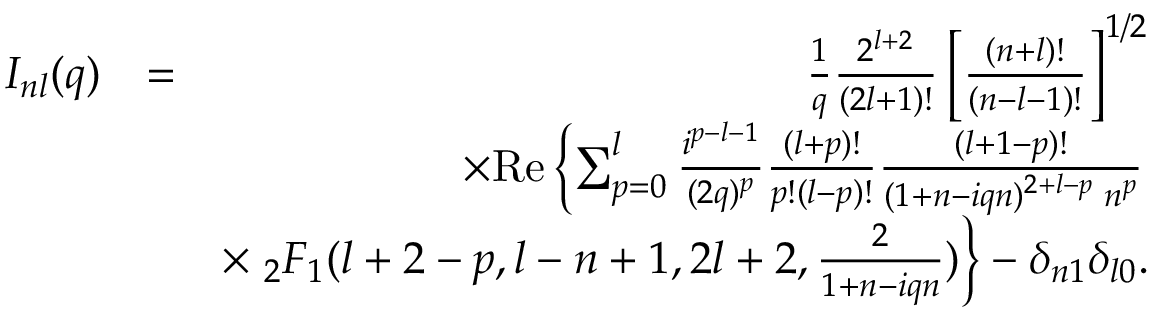
\begin{array} { r l r } { { \cal I } _ { n l } ( q ) } & { = } & { \frac { 1 } { q } \frac { 2 ^ { l + 2 } } { ( 2 l + 1 ) ! } \left[ \frac { ( n + l ) ! } { ( n - l - 1 ) ! } \right] ^ { 1 / 2 } } \\ & { } & { \times \mathrm { R e } \left\{ \sum _ { p = 0 } ^ { l } \frac { i ^ { p - l - 1 } } { ( 2 q ) ^ { p } } \frac { ( l + p ) ! } { p ! ( l - p ) ! } \frac { ( l + 1 - p ) ! } { ( 1 + n - i q n ) ^ { 2 + l - p } \; n ^ { p } } \right. } \\ & { } & { \times \left. _ 2 F _ { 1 } ( l + 2 - p , l - n + 1 , 2 l + 2 , \frac { 2 } { 1 + n - i q n } ) \right\} - \delta _ { n 1 } \delta _ { l 0 } . } \end{array}